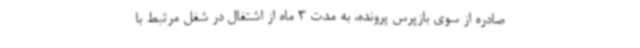
صادره از سوی بازپرس پرونده، به مدت 3 ماه از اشتغال در شغل مرتبط با